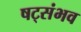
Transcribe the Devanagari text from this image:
षट्संभव